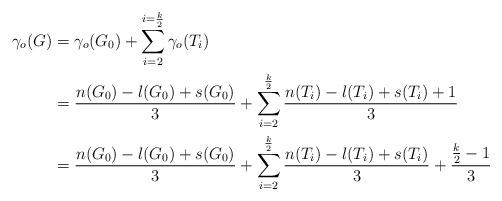
LaTeX: \begin{align*}\gamma_{o}(G) & =\gamma_{o}(G_{0})+\sum_{i=2}^{i=\frac{k}{2}}\gamma_{o}(T_{i})\\& =\frac{n(G_{0})-l(G_{0})+s(G_{0})}{3}+\sum_{i=2}^{\frac{k}{2}}\frac{n(T_{i})-l(T_{i})+s(T_{i})+1}{3}\\& =\frac{n(G_{0})-l(G_{0})+s(G_{0})}{3}+\sum_{i=2}^{\frac{k}{2}}\frac{n(T_{i})-l(T_{i})+s(T_{i})}{3}+\frac{\frac{k}{2}-1}{3}\end{align*}